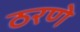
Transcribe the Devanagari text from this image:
ठरणे